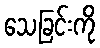
သေခြင်းကို